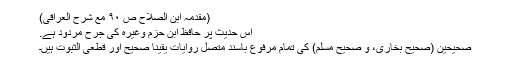
(مقدمہ ابن الصلاح ص ۹۰ مع شرح العراقی)
اس حدیث پر حافظ ابن حزم وغیرہ کی جرح مردود ہے.
صحیحین (صحیح بخاری، و صحیح مسلم) کی تمام مرفوع باسند متصل روایات یقیناً صحیح اور قطعی الثبوت ہیں۔